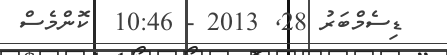
ޑިސެމްބަރު 28